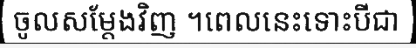
ចូលសម្តែងវិញ ។ពេលនេះទោះបីជា